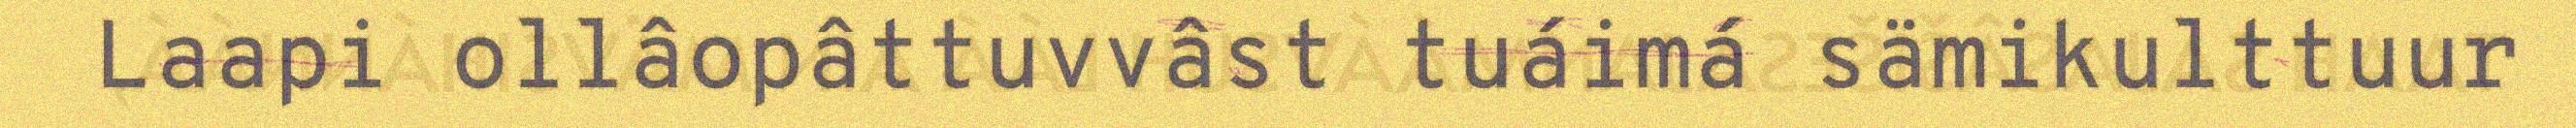
Laapi ollâopâttuvvâst tuáimá sämikulttuur